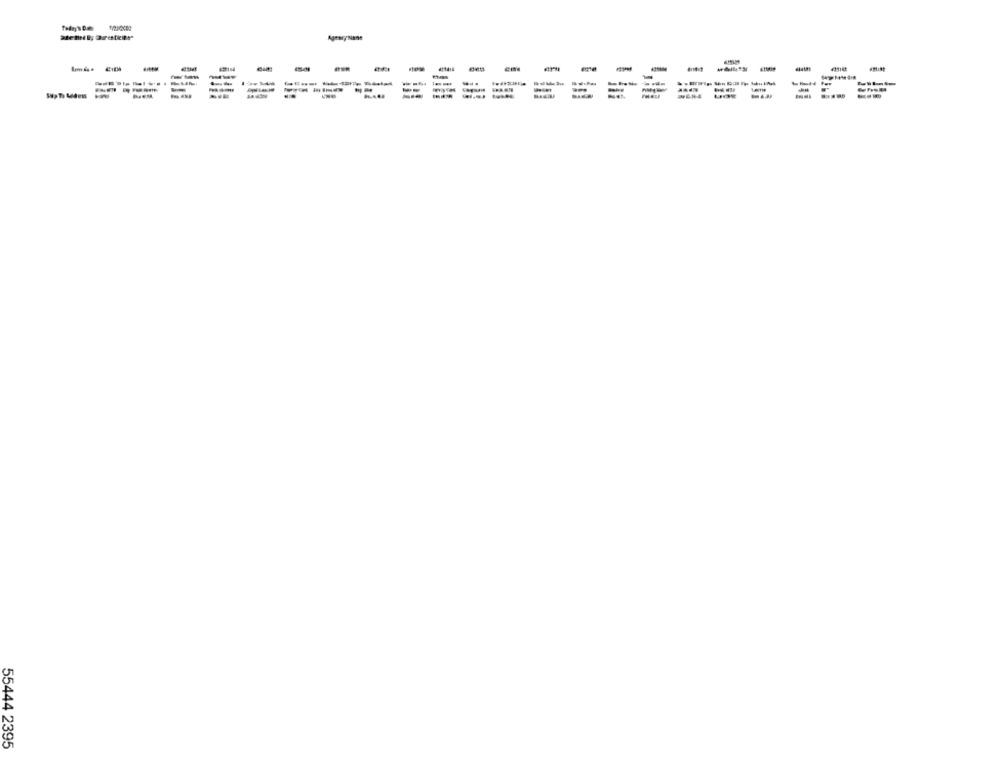
Ageny'None
=====
---
--
RIEM
55444 2395